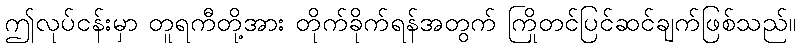
ဤလုပ်ငန်းမှာ တူရကီတို့အား တိုက်ခိုက်ရန်အတွက် ကြိုတင်ပြင်ဆင်ချက်ဖြစ်သည်။